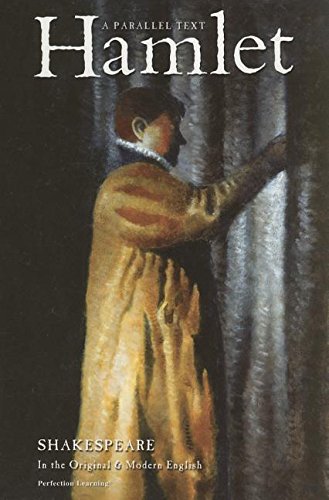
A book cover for Hamlet: A Parallel Text; William Shakespeare; Literature & Fiction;